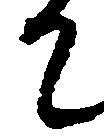
て